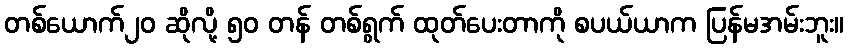
တစ်ယောက်၂၀ ဆိုလို့ ၅၀ တန် တစ်ရွက် ထုတ်ပေးတာကို စပယ်ယာက ပြန်မအမ်းဘူး။